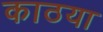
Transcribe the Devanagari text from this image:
काठया